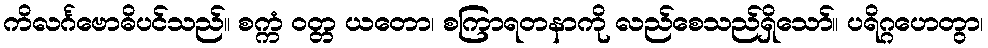
ကိလင်္ဂဗောဓိပင်သည်။ စက္ကံ ဝတ္တ ယတော၊ စကြာရတနာကို လည်စေသည်ရှိသော်။ ပရိဂ္ဂဟေတွာ၊